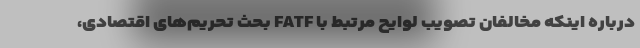
درباره اینکه مخالفان تصویب لوایح مرتبط با FATF بحث تحریم‌های اقتصادی،